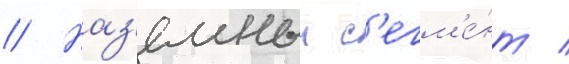
// Наз'емныи с'егм'е́нт